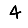
Digit: 4